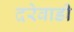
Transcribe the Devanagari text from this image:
दरेवाडी